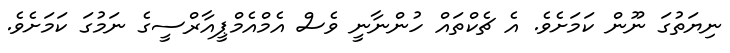
ނިޔަތުގަ ނޫން ކަމަށެވެ. އެ ޗެކްތައް ހުންނާނީ ވެސް އެމްއެމްޕީއާރްސީގެ ނަމުގަ ކަމަށެވެ.